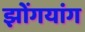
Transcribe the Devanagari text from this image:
झोंगयांग